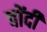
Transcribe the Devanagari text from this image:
चोंदी